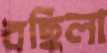
বছিলা